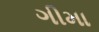
ગીમા